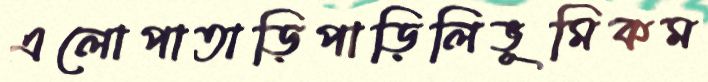
এলোপাতাড়িপাড়িলিভূমিকম